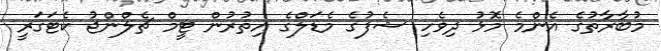
މުބާރާތުގެ އެންމެ މޮޅު ދިވެހި ޝެފުގެ މެޑަލްގެ އިތުރުން ޓީމް ޗެލްންޖު ކެޓަގަރީ